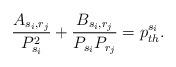
LaTeX: \begin{align*}\frac{A_{s_i,r_j}}{P_{s_i}^2 }+\frac{B_{s_i,r_j}}{P_{s_i}P_{r_j}}= p_{th}^{s_i}.\end{align*}